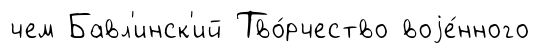
чем Бавл'инск'ий Тво́рчество воjе́нного